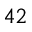
^ { 4 2 }